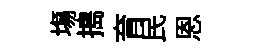
塲搗育民恩